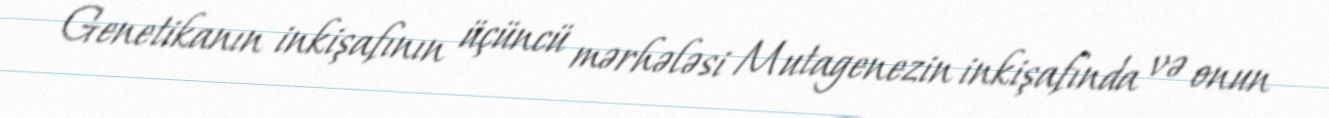
Genetikanın inkişafının üçüncü mərhələsi Mutagenezin inkişafında və onun